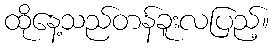
ထိုနေ့သည်တန်ခူးလပြည့်။